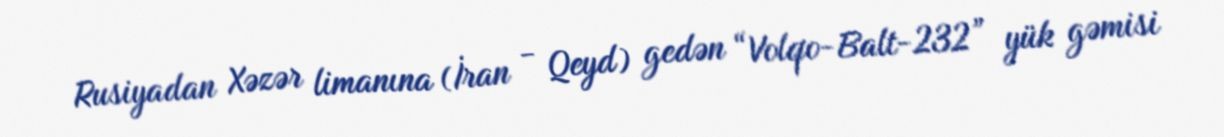
Rusiyadan Xəzər limanına (İran - Qeyd) gedən “Volqo-Balt-232” yük gəmisi